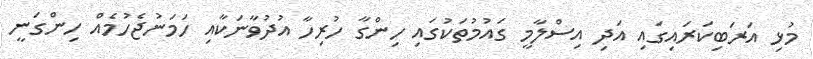
މުޅި އަރަބިކަރައިގައި އަދި އިސްލާމީ ގައުމުތަކުގައި ހިންގާ ހުރިހާ އުދުވާނަކާއި ހަމަނުޖެހުމެއް ހިންގަނީ